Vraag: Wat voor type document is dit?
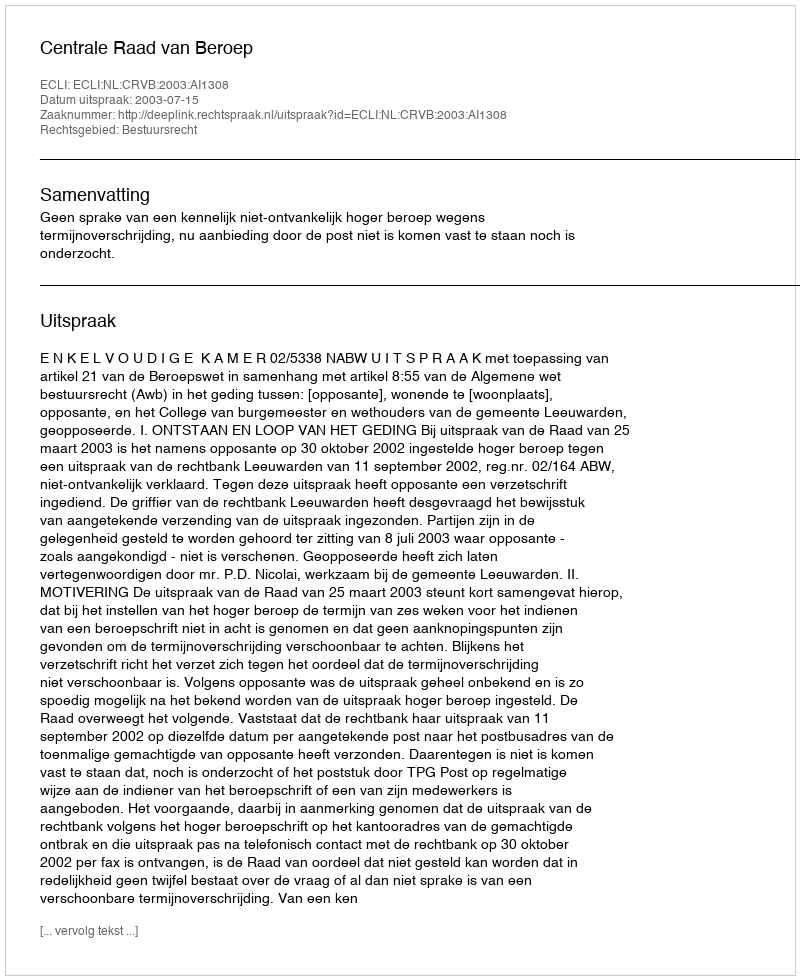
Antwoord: Uitspraak